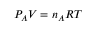
P _ { A } V = n _ { A } R T